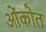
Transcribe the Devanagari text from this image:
ओंकोत